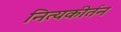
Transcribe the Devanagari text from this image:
नित्यकीर्तन